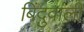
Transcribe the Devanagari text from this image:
बिंदुवाली